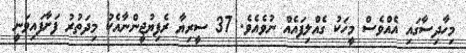
މިހާދިސާގައި އެއްވެސް މީހަކު ގެއްލިފައެއް ނުވެއެވެ. 37 ސީރިޔާ ރެފިޔުޖީންނާއެކު މިދަތުރު ފަށާފައިވަނީ